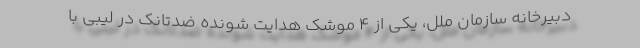
دبیرخانه سازمان ملل، یکی از 4 موشک هدایت شونده ضدتانک در لیبی با